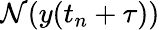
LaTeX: {\mathcal{N}}(y(t_{n}+\tau))